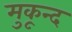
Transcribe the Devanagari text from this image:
मुकून्द